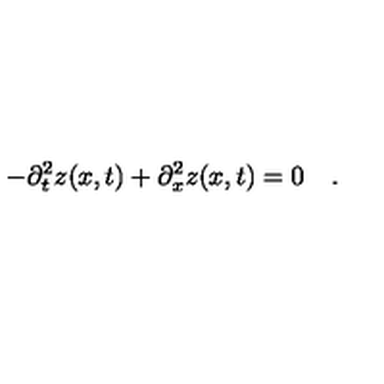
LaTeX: - \partial _ { t } ^ { 2 } z ( x , t ) + \partial _ { x } ^ { 2 } z ( x , t ) = 0 \quad .